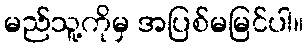
မည်သူ့ကိုမှ အပြစ်မမြင်ပါ။